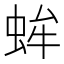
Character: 蛑